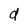
Character: d